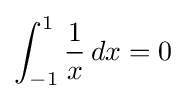
\int _{-1}^{1}{\frac {1}{x}}\,dx=0